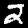
Label: 2